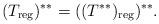
LaTeX: \begin{align*}(T_{\rm reg})^{**}=((T^{**})_{\rm reg})^{**}.\end{align*}